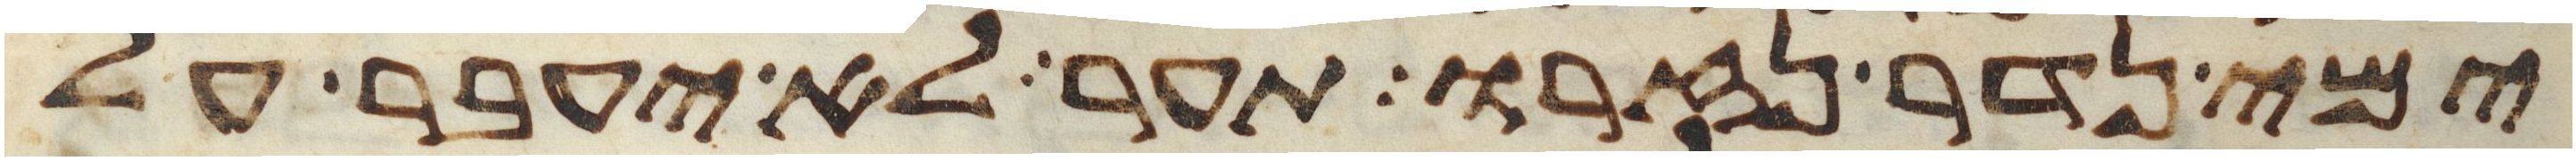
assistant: ימי נדר נזרו תער לא יעבר על